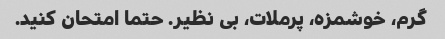
گرم، خوشمزه، پرملات، بی نظیر. حتما امتحان کنید.